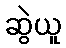
ဆွဲယူ